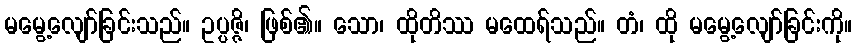
မမွေ့လျော်ခြင်းသည်။ ဥပ္ပဇ္ဇိ၊ ဖြစ်၏။ သော၊ ထိုတိဿ မထေရ်သည်။ တံ၊ ထို မမွေ့လျော်ခြင်းကို။